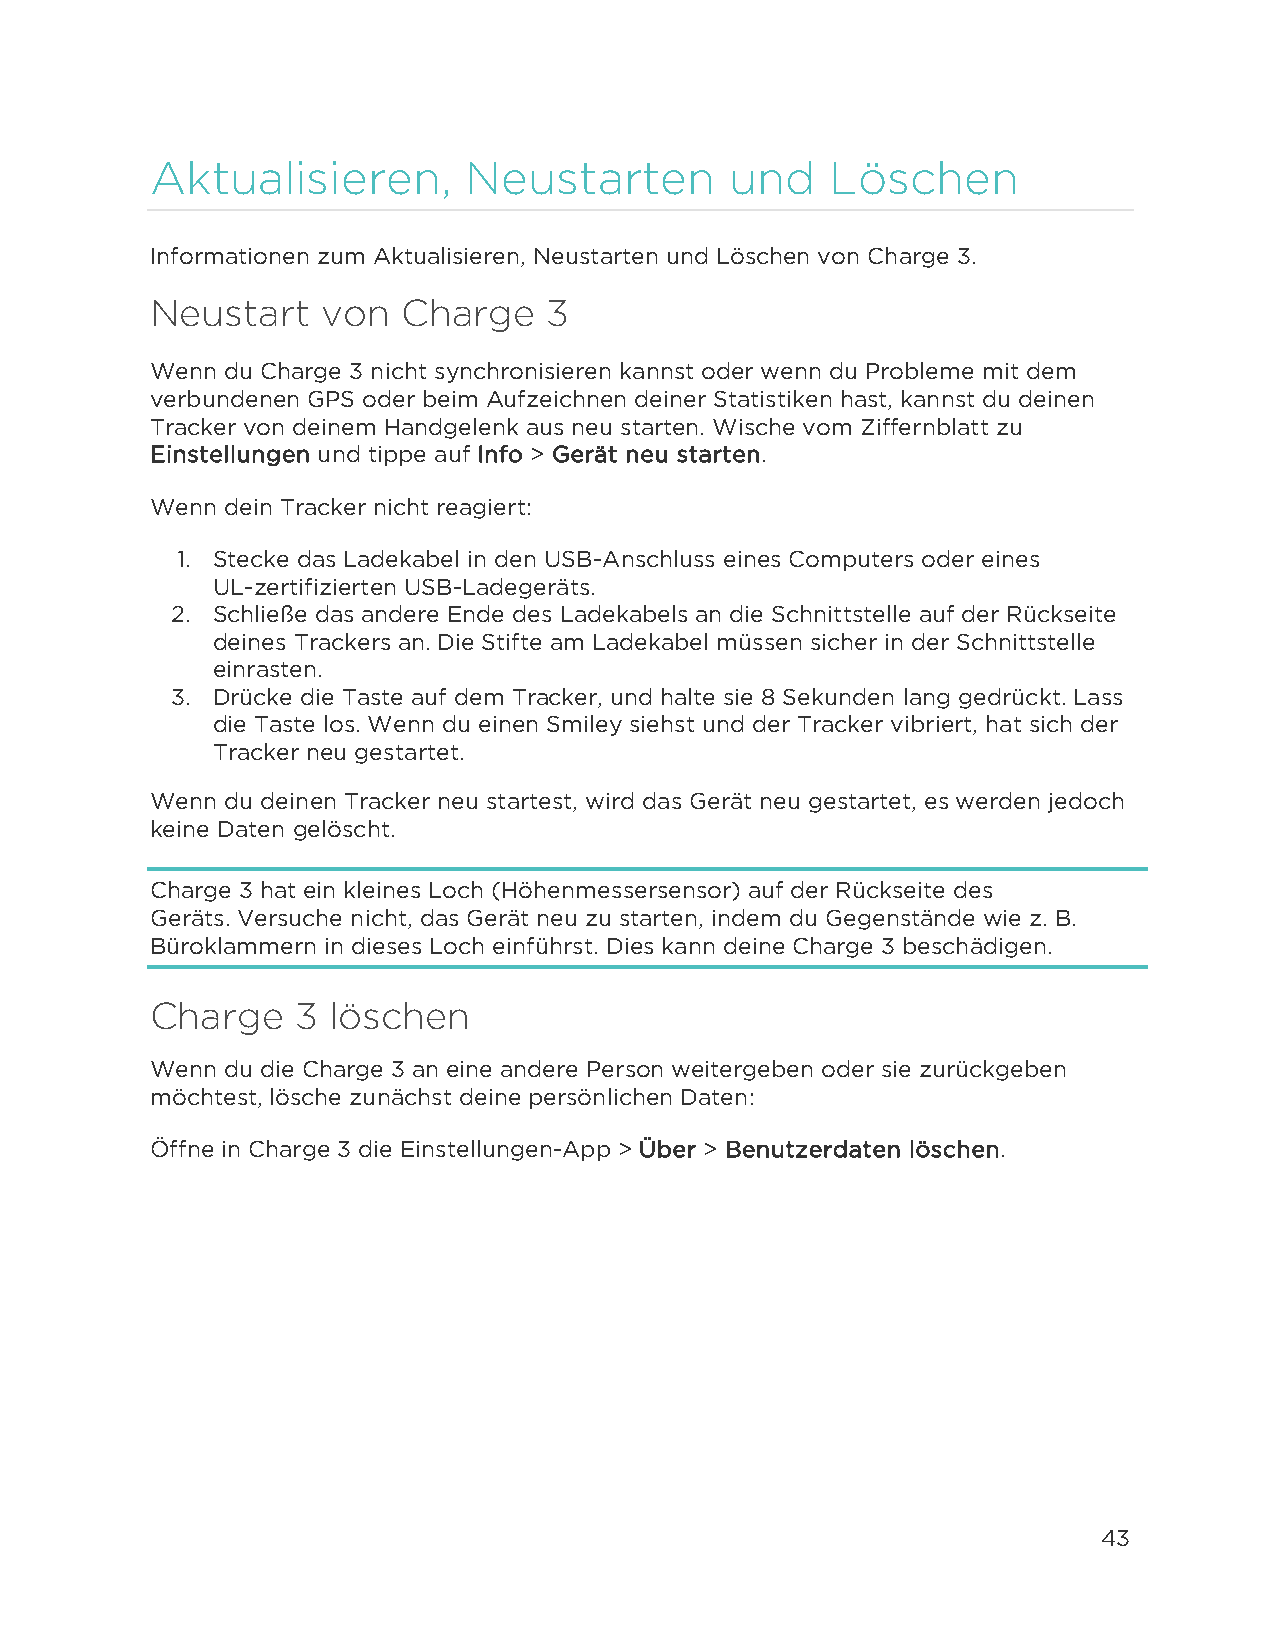
Aktualisieren,       Neustarten       und    Löschen
 Informationen zum Aktualisieren, Neustarten und Löschen von Charge 3.
 Neustart   von   Charge   3
 Wenn du Charge 3 nicht synchronisieren kannst oder wenn du Probleme mit dem
 verbundenen GPS oder beim Aufzeichnen deiner Statistiken hast, kannst du deinen
 Tracker von deinem Handgelenk aus neu starten. Wische vom Ziffernblatt zu
 Einstellungen und tippe auf Info > Gerät neu starten.
 Wenn dein Tracker nicht reagiert:
 1. Stecke das Ladekabel in den USB-Anschluss eines Computers oder eines
 UL-zertifizierten USB-Ladegeräts.
 2. Schließe das andere Ende des Ladekabels an die Schnittstelle auf der Rückseite
 deines Trackers an. Die Stifte am Ladekabel müssen sicher in der Schnittstelle
 einrasten.
 3. Drücke die Taste auf dem Tracker, und halte sie 8 Sekunden lang gedrückt. Lass
 die Taste los. Wenn du einen Smiley siehst und der Tracker vibriert, hat sich der
 Tracker neu gestartet.
 Wenn du deinen Tracker neu startest, wird das Gerät neu gestartet, es werden jedoch
 keine Daten gelöscht.
 Charge 3 hat ein kleines Loch (Höhenmessersensor) auf der Rückseite des
 Geräts. Versuche nicht, das Gerät neu zu starten, indem du Gegenstände wie z. B.
 Büroklammern in dieses Loch einführst. Dies kann deine Charge 3 beschädigen.
 Charge    3 löschen
 Wenn du die Charge 3 an eine andere Person weitergeben oder sie zurückgeben
 möchtest, lösche zunächst deine persönlichen Daten:
 Öffne in Charge 3 die Einstellungen-App > Über > Benutzerdaten löschen.
 43